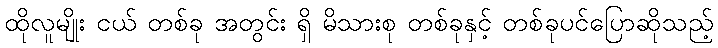
ထိုလူမျိုး ငယ် တစ်ခု အတွင်း ရှိ မိသားစု တစ်ခုနှင့် တစ်ခုပင်ပြောဆိုသည့်